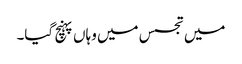
میں تجسس میں وہاں پہنچ گیا۔